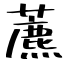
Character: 藨